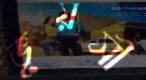
ভূয়সী